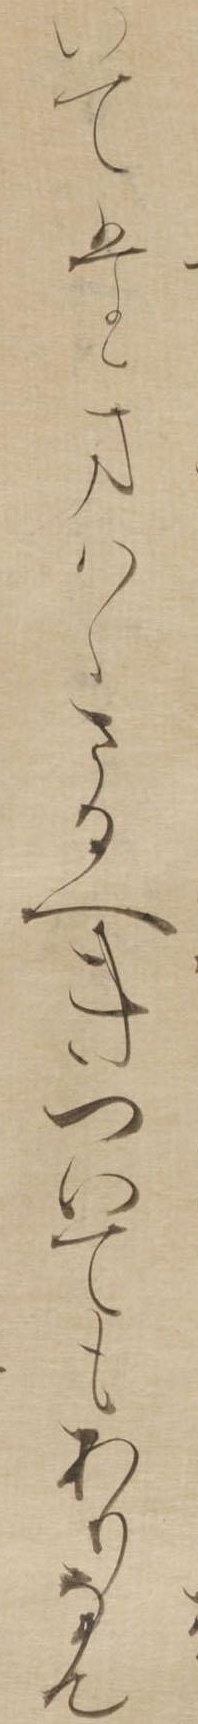
いてたまはゝさるへきついてもありなん